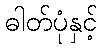
ဓါတ်ပုံနှင့်